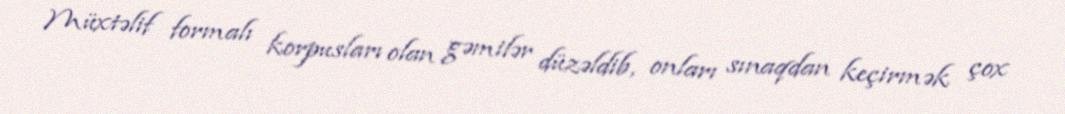
Müxtəlif formalı korpusları olan gəmilər düzəldib, onları sınaqdan keçirmək çox